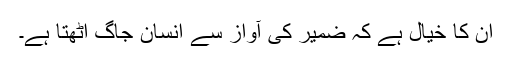
ان کا خیال ہے کہ ضمیر کی آواز سے انسان جاگ اٹھتا ہے۔